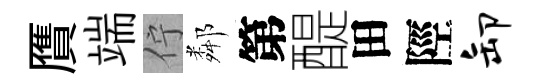
贋端佇鄰第醍田陘卸